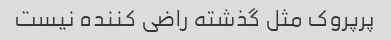
پرپروک مثل گذشته راضی کننده نیست